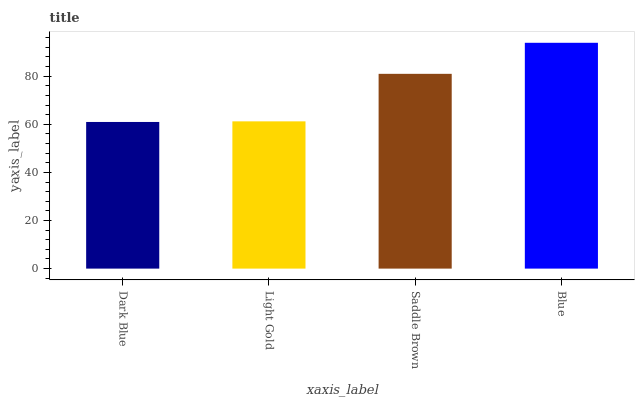
| xaxis_label | bars |
 | --- | --- |
 | Dark Blue | 61 |
 | Light Gold | 61.2 |
 | Saddle Brown | 81 |
 | Blue | 93.9 |